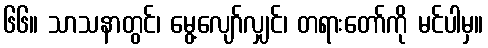
၆၆။ သာသနာတွင်၊ မွေ့လျော်လျှင်၊ တရားတော်ကို မင်ပါမှ။